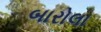
બારોલા